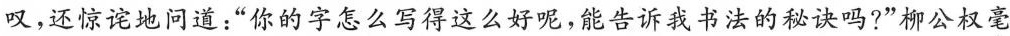
叹，还惊诧地问道：”你的字怎么写得这么好呢，能告诉我书法的秘诀吗?”柳公权毫